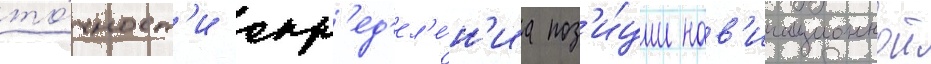
то́чност'и опр'ед'ел'е́н'иа поз'и́ции нав'игационнои